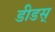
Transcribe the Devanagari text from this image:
डीडस्